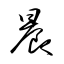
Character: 晨